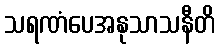
သရဏံပေအနုသာသနီတိ